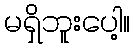
မရှိဘူးပေါ့။